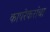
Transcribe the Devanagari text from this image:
कापरेकरांचा